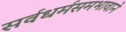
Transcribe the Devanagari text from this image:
सर्वधर्मसमभावाने